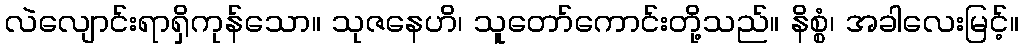
လဲလျောင်းရာရှိကုန်သော။ သုဇနေဟိ၊ သူတော်ကောင်းတို့သည်။ နိစ္စံ၊ အခါလေးမြင့်။